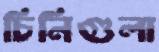
চিনিগুলা